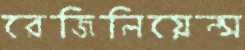
রেজিলিয়েন্স